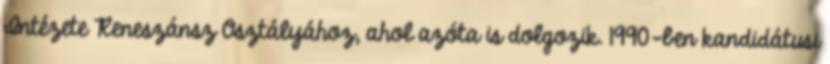
Intézete Reneszánsz Osztályához, ahol azóta is dolgozik. 1990-ben kandidátusi